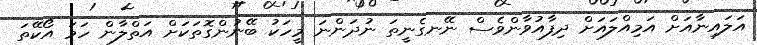
އަލައިނާއަށް އަމިއްލައަށް ދިފާއުވާންވެސް ނޭނގެނީތަ ނުދަންނަ މީހަކު ބޭނުންގޮތަކަށް އަތްލާން ހަމަ އޯކޭތަ